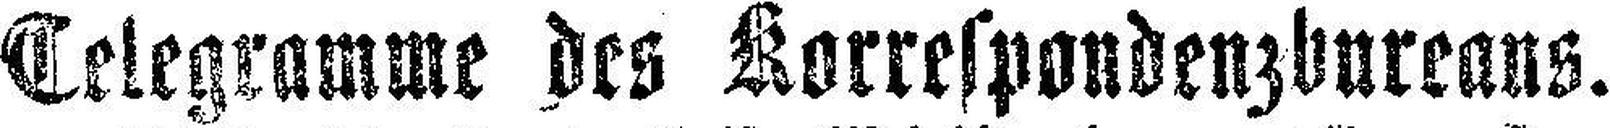
Celegramme des Korrespondenzbureans.